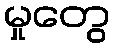
မှုတွေ